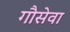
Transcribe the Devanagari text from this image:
गौसेवा